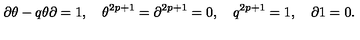
\partial \theta - q \theta \partial = 1 , \quad \theta ^ { 2 p + 1 } = \partial ^ { 2 p + 1 } = 0 , \quad q ^ { 2 p + 1 } = 1 , \quad \partial 1 = 0 .